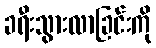
ခရီးသွားလာခြင်းကို